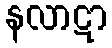
နလာဋာ